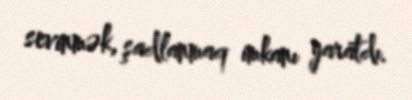
sevinmək, şadlanmaq imkanı yaratdı.